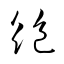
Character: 絶